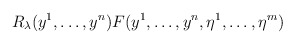
\begin{align*}R_\lambda(y^1, \dots, y^n) F(y^1, \dots, y^n, \eta^1,\dots, \eta^m)\end{align*}